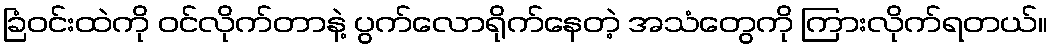
ခြံဝင်းထဲကို ဝင်လိုက်တာနဲ့ ပွက်လောရိုက်နေတဲ့ အသံတွေကို ကြားလိုက်ရတယ်။